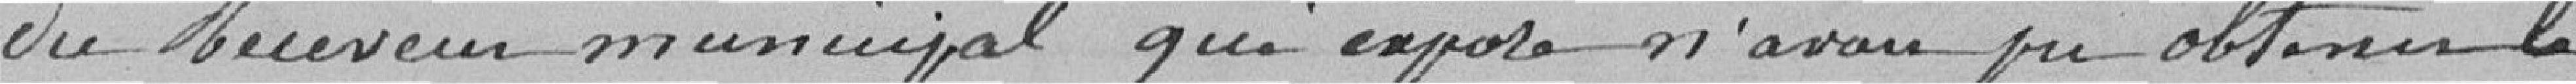
du Bureau municipal qui exposé n'avait pu obtenir  le